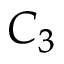
C _ { 3 }